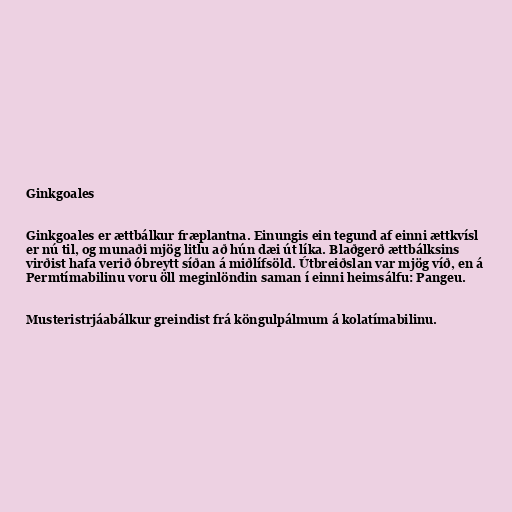
Ginkgoales

Ginkgoales er ættbálkur fræplantna. Einungis ein tegund af einni ættkvísl
er nú til, og munaði mjög litlu að hún dæi út líka. Blaðgerð ættbálksins
virðist hafa verið óbreytt síðan á miðlífsöld. Útbreiðslan var mjög víð, en á
Permtímabilinu voru öll meginlöndin saman í einni heimsálfu: Pangeu.

Musteristrjáabálkur greindist frá köngulpálmum á kolatímabilinu.